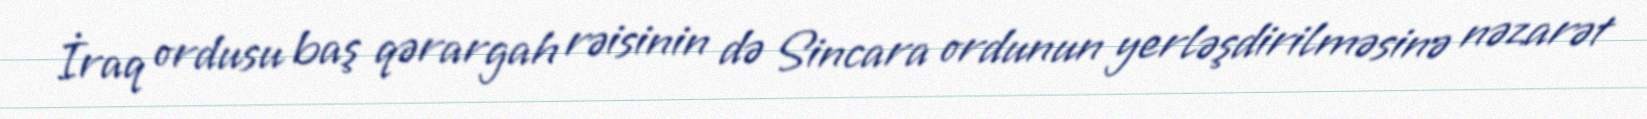
İraq ordusu baş qərargah rəisinin də Sincara ordunun yerləşdirilməsinə nəzarət